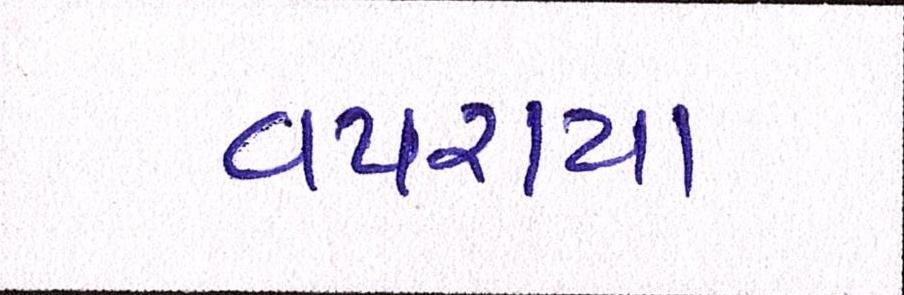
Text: વપરાયા